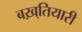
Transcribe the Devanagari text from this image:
बख़्तियारी